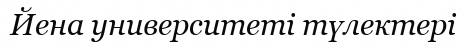
Йена университеті түлектері